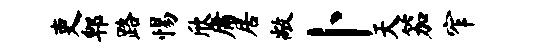
吏郫路惕欣庸居敞卜天笳窄